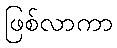
ဖြစ်လာကာ